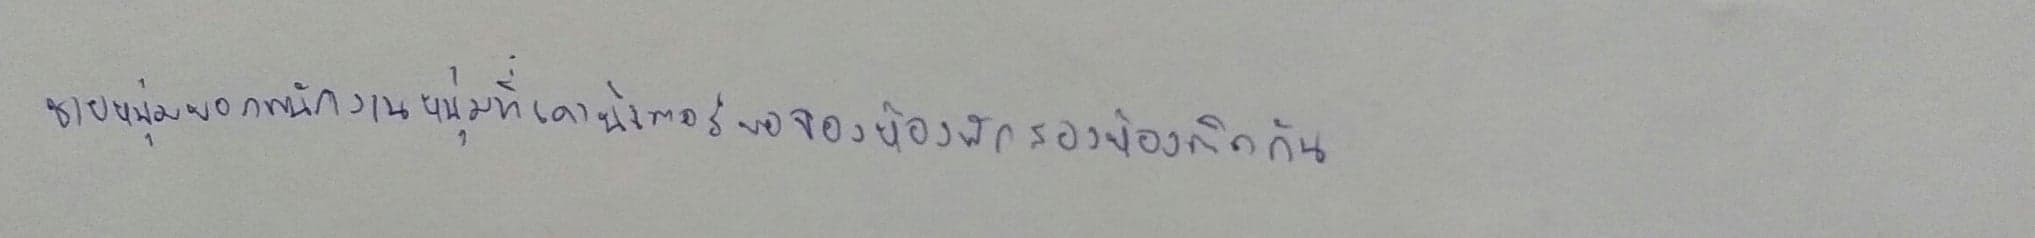
ชายหนุ่มบอกพนักงานหนุ่มที่เคาน์เตอร์ขอจองห้องพักสองห้องติดกัน